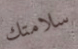
سلامتك